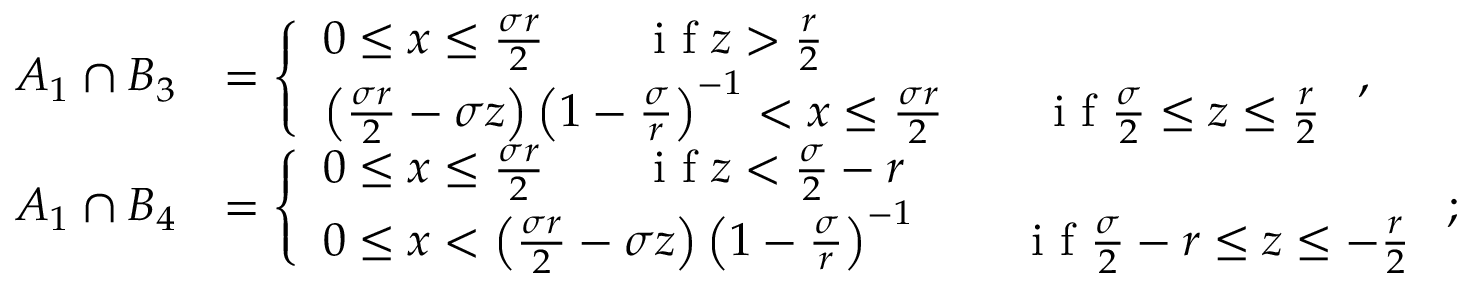
\begin{array} { r l } { A _ { 1 } \cap B _ { 3 } } & { = \left\{ \begin{array} { l l } { 0 \leq x \leq \frac { \sigma r } { 2 } \qquad \textrm { i f } z > \frac { r } { 2 } } \\ { \left( \frac { \sigma r } { 2 } - \sigma z \right) \left( 1 - \frac { \sigma } { r } \right) ^ { - 1 } < x \leq \frac { \sigma r } { 2 } \qquad \textrm { i f } \frac { \sigma } { 2 } \leq z \leq \frac { r } { 2 } } \end{array} \right. , } \\ { A _ { 1 } \cap B _ { 4 } } & { = \left\{ \begin{array} { l l } { 0 \leq x \leq \frac { \sigma r } { 2 } \qquad \textrm { i f } z < \frac { \sigma } { 2 } - r } \\ { 0 \leq x < \left( \frac { \sigma r } { 2 } - \sigma z \right) \left( 1 - \frac { \sigma } { r } \right) ^ { - 1 } \qquad \textrm { i f } \frac { \sigma } { 2 } - r \leq z \leq - \frac { r } { 2 } } \end{array} \right. ; } \end{array}